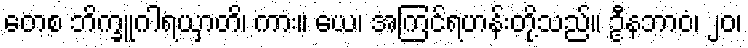
တေစ ဘိက္ခူဂါရယှာတိ၊ ကား။ ယေ၊ အကြင်ရဟန်းတို့သည်။ ဦနဘာဝံ၊ ၂၀၊